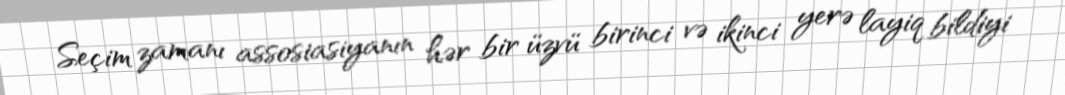
Seçim zamanı assosiasiyanın hər bir üzvü birinci və ikinci yerə layiq bildiyi